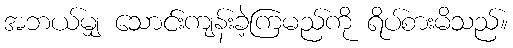
အဘယ်မျှ သောင်းကျန်းခဲ့ကြမည်ကို ရိပ်စားမိသည်။